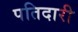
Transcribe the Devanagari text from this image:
पतिदारी